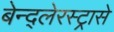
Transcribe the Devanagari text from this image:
बेन्द्लेरस्ट्रासे